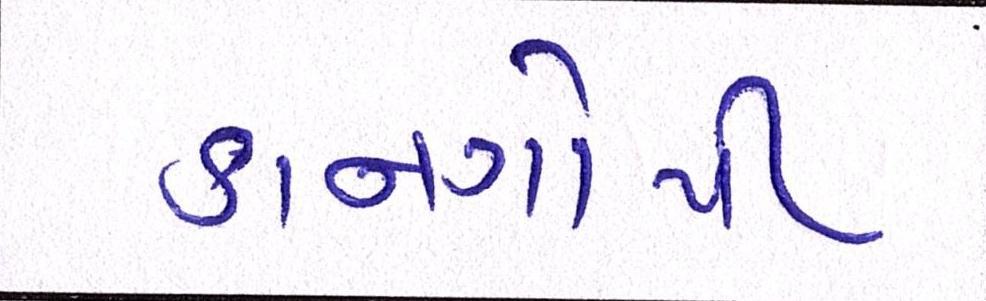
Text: કાનગોપી